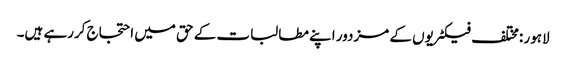
لاہور :مختلف فیکٹریوں کے مزدور اپنے مطالبات کے حق میں احتجاج کررہے ہیں۔